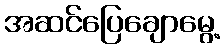
အဆင်ပြေချောမွေ့